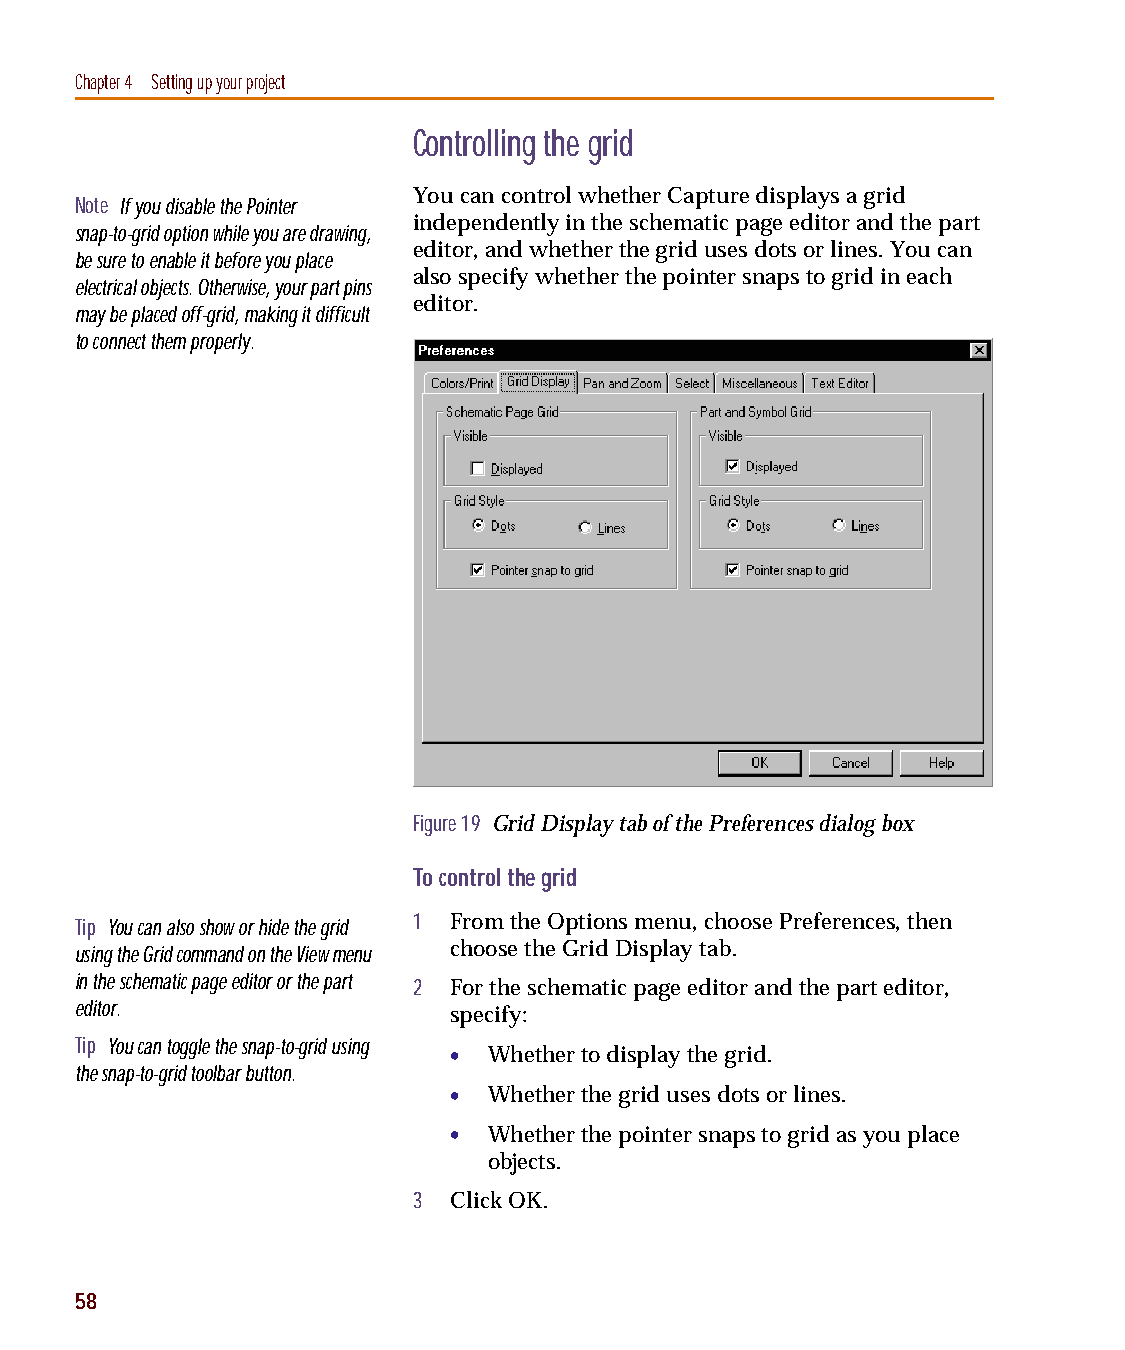
capug.book Page 58 Thursday, November 12, 1998 3:38 PM
 Chapter 4 Setting up your project
 Controlling the grid
 You can control whether Capture displays a grid
 Note If you disable the Pointer
 independently in the schematic page editor and the part
 snap-to-grid option while you are drawing,
 editor, and whether the grid uses dots or lines. You can
 be sure to enable it before you place
 also specify whether the pointer snaps to grid in each
 electrical objects. Otherwise, your part pins
 editor.
 may be placed off-grid, making it difficult
 to connect them properly.
 Figure 19 Grid Display tab of the Preferences dialog box
 To control the grid
 Tip You can also show or hide the grid 1 From the Options menu, choose Preferences, then
 using the Grid command on the View menu choose the Grid Display tab.
 in the schematic page editor or the part
 2  For the schematic page editor and the part editor,
 editor.
 specify:
 Tip You can toggle the snap-to-grid using • Whether to display the grid.
 the snap-to-grid toolbar button.
 • Whether the grid uses dots or lines.
 • Whether the pointer snaps to grid as you place
 objects.
 3  Click OK.
 58